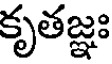
కృతజ్ఞః